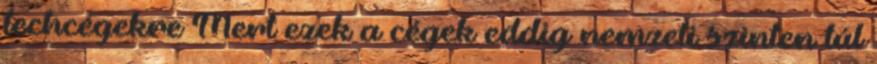
techcégekre Mert ezek a cégek eddig nemzeti szinten túl